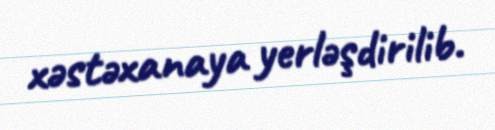
xəstəxanaya yerləşdirilib.